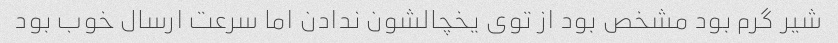
شیر گرم بود مشخص بود از توی یخچالشون ندادن اما سرعت ارسال خوب بود